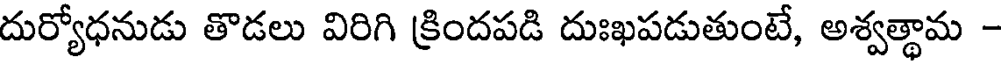
దుర్యోధనుడు తొడలు విరిగి క్రిందపడి దుఃఖపడుతుంటే, అశ్వత్థామ -